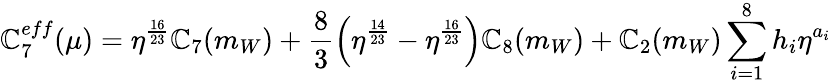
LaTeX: \mathbb{C}_{7}^{eff}(\mu)=\eta^{\frac{{16}}{{23}}}\mathbb{C}_{7}(m_{W})+\frac{{8}}{{3}}\left(\eta^{\frac{{14}}{{23}}}-\eta^{\frac{{16}}{{23}}}\right)\mathbb{C}_{8}(m_{W})+\mathbb{C}_{2}(m_{W})\sum_{i=1}^{8}h_{i}\eta^{a_{i}}